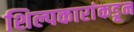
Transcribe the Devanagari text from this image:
शिल्पकारांकडून